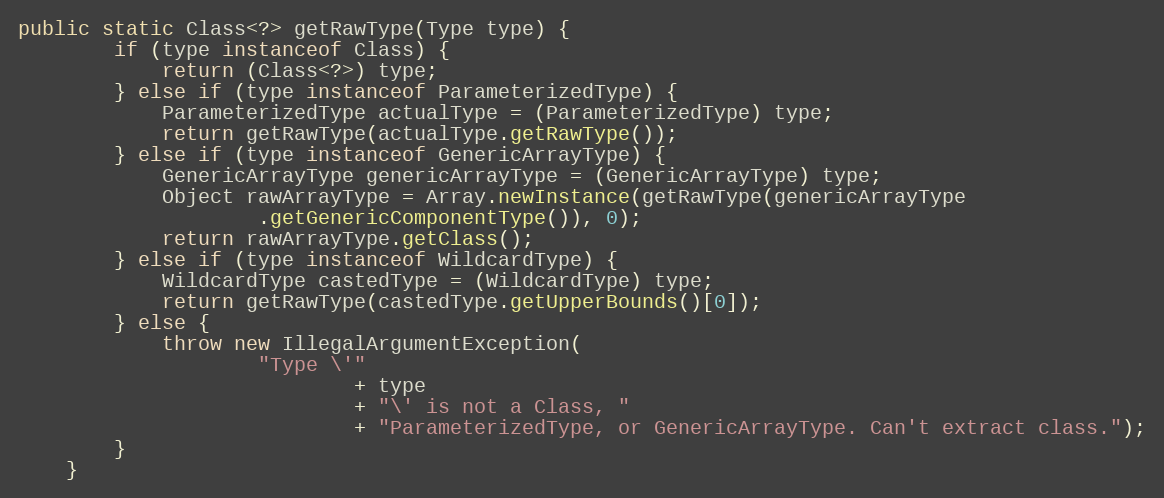
Language: Java
public static Class<?> getRawType(Type type) {
		if (type instanceof Class) {
			return (Class<?>) type;
		} else if (type instanceof ParameterizedType) {
			ParameterizedType actualType = (ParameterizedType) type;
			return getRawType(actualType.getRawType());
		} else if (type instanceof GenericArrayType) {
			GenericArrayType genericArrayType = (GenericArrayType) type;
			Object rawArrayType = Array.newInstance(getRawType(genericArrayType
					.getGenericComponentType()), 0);
			return rawArrayType.getClass();
		} else if (type instanceof WildcardType) {
			WildcardType castedType = (WildcardType) type;
			return getRawType(castedType.getUpperBounds()[0]);
		} else {
			throw new IllegalArgumentException(
					"Type \'"
							+ type
							+ "\' is not a Class, "
							+ "ParameterizedType, or GenericArrayType. Can't extract class.");
		}
	}